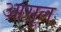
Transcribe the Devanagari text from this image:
आसूल